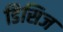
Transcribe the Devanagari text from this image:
डिसिज